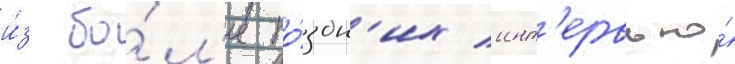
и́з бо́л'ее по́здн'их инт'ервью́